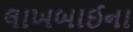
લાખબાઈના